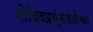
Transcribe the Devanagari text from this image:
गोविंदप्रभूंसंबंधीच्या